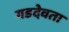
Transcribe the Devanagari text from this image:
गडदेवता